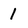
Character: 1